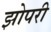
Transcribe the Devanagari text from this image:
झोपरी